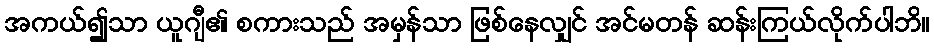
အကယ်၍သာ ယူဂျီ၏ စကားသည် အမှန်သာ ဖြစ်နေလျှင် အင်မတန် ဆန်းကြယ်လိုက်ပါဘိ။